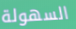
السهولة